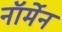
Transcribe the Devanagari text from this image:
नॉर्मेन